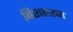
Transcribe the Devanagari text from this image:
बिशहरण